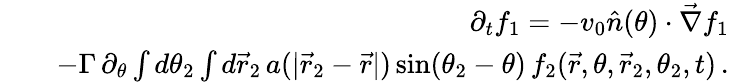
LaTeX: \begin{array}{rlr}&{}&{\partial_{t}f_{1}=-v_{0}\hat{n}(\theta)\cdot\vec{\nabla}f_{1}}\\ &{}&{-\Gamma\, \partial_{\theta}\int d\theta_{2}\int d\vec{r}_{2}\, a(|\vec{r}_{2}-\vec{r}|)\, \mathrm{sin}(\theta_{2}-\theta)\, f_{2}(\vec{r},\theta,\vec{r}_{2},\theta_{2},t)\, .}\end{array}